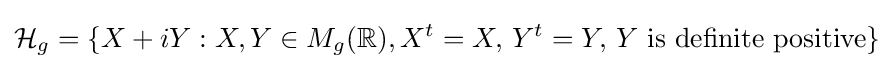
{\mathcal {H}}_{g}=\{X+iY:X,Y\in M_{g}(\mathbb {R} ),X^{t}=X,\,Y^{t}=Y,\,Y{\text{ is definite positive}}\}